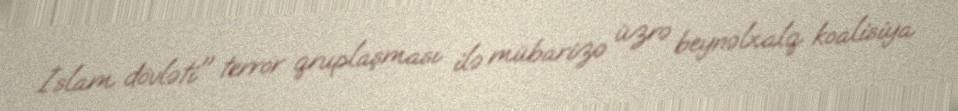
İslam dövləti" terror qruplaşması ilə mübarizə üzrə beynəlxalq koalisiya